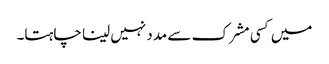
میں کسی مشرک سے مدد نہیں لینا چاہتا۔